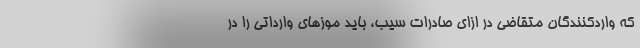
که واردکنندگان متقاضی در ازای صادرات سیب، باید موزهای وارداتی را در